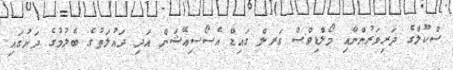
ސްކޫލްގެ ދަރިވަރުންނާއި މޯލްޑިވްސް ގަރލް ގައިޑް އެސޯސިއޭޝަން އަދި ދައުލަތުގެ ބެލުމުގެ ދަށުގައި